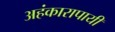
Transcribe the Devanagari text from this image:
अहंकारापायी